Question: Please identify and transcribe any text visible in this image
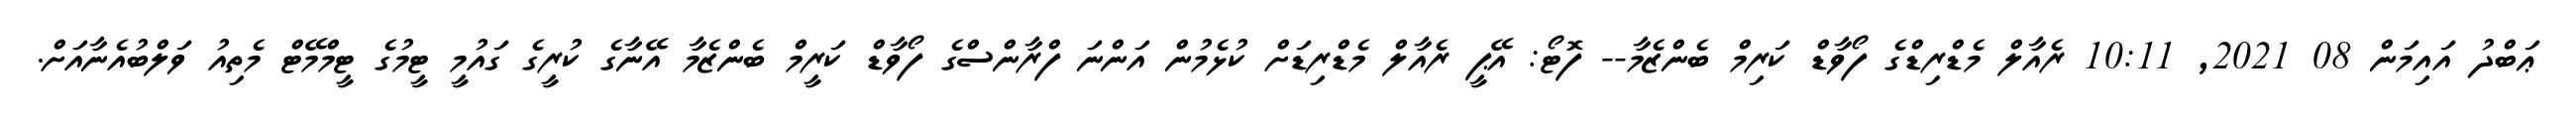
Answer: ޢަބްދު އައިމަން 08 2021, 10:11 ރެއާލް މެޑްރިޑްގެ ފޯވާޑް ކަރިމް ބެންޒެމާ-- ފޮޓޯ: އޭޕީ ރެއާލް މެޑްރިޑަށް ކުޅެމުން އަންނަ ފްރާންސްގެ ފޯވާޑް ކަރީމް ބެންޒެމާ އޭނާގެ ކުރީގެ ގައުމީ ޓީމުގެ ޓީމްމޭޓް މެތިއު ވަލްބުއެނާއަށް.